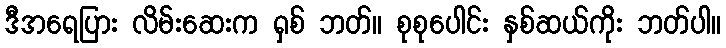
ဒီအရေပြား လိမ်းဆေးက ရှစ် ဘတ်။ စုစုပေါင်း နှစ်ဆယ်ကိုး ဘတ်ပါ။